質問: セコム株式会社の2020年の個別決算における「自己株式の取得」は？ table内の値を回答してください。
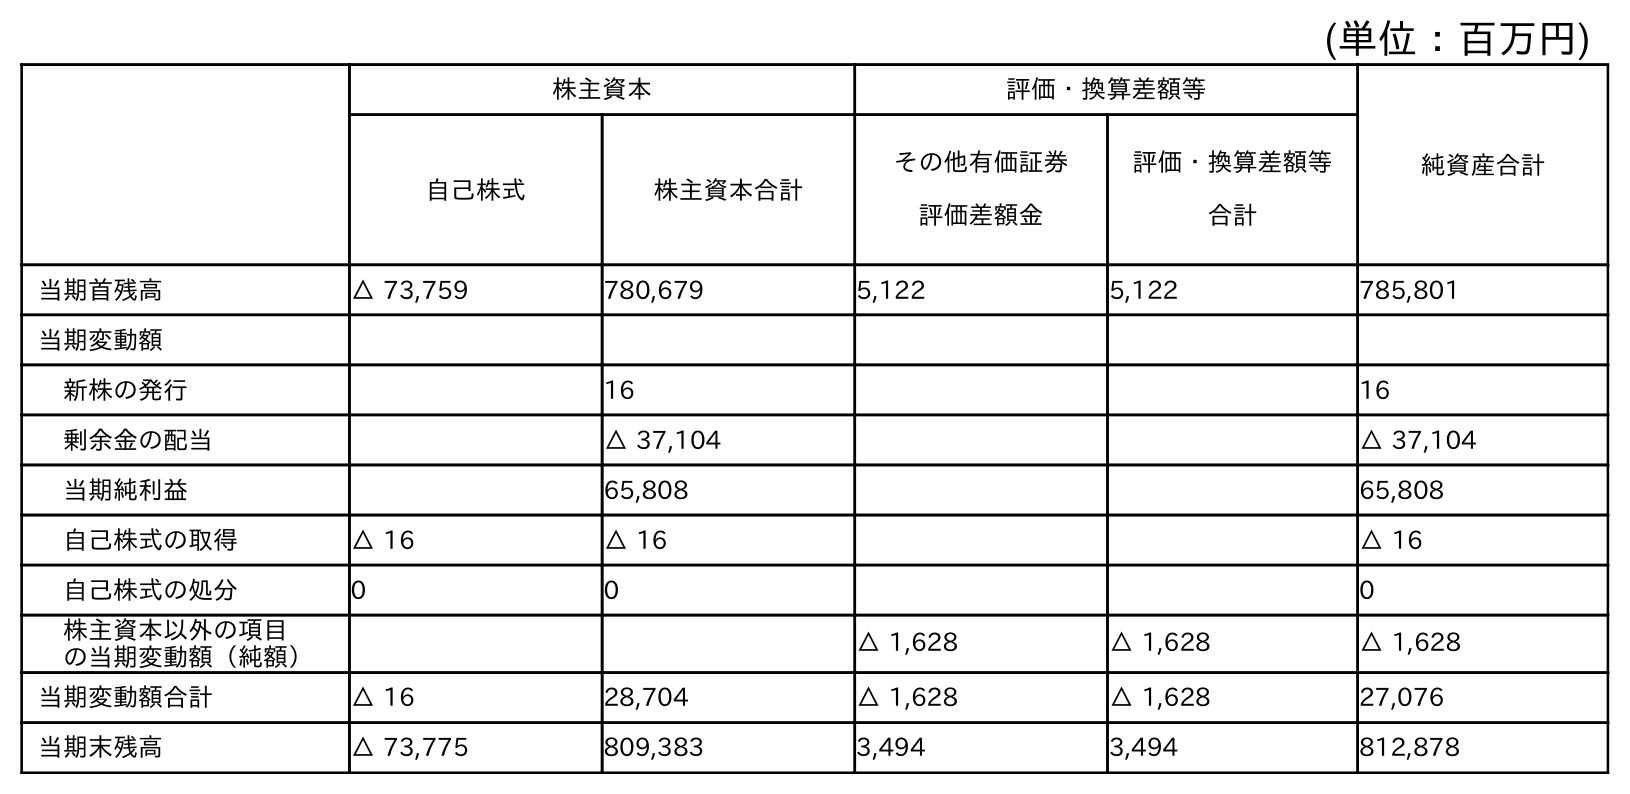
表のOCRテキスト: (単位：百万円) 株主資本 評価・換算差額等 純資産合計 自己株式 株主資本合計 その他有価証券 評価差額金 評価・換算差額等 合計 当期首残高 △ 73,759 780,679 5,122 5,122 785,801 当期変動額 新株の発行 16 16 剰余金の配当 △ 37,104 △ 37,104 当期純利益 65,808 65,808 自己株式の取得 △ 16 △ 16 △ 16 自己株式の処分 0 0 0 株主資本以外の項目 の当期変動額（純額） △ 1,628 △ 1,628 △ 1,628 当期変動額合計 △ 16 28,704 △ 1,628 △ 1,628 27,076 当期末残高 △ 73,775 809,383 3,494 3,494 812,878
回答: △16